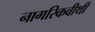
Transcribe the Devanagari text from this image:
नागरिकवीथी